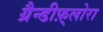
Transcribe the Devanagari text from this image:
ग्रैन्डीफ़्लोरा